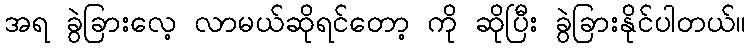
အရ ခွဲခြားလေ့ လာမယ်ဆိုရင်တော့ ကို ဆိုပြီး ခွဲခြားနိုင်ပါတယ်။